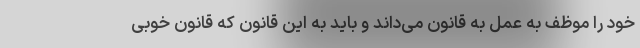
خود را موظف به عمل به قانون می‌داند و باید به این قانون که قانون خوبی